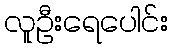
လူဦးရေပေါင်း